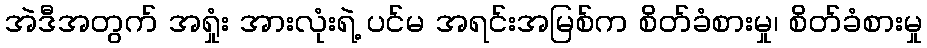
အဲဒီအတွက် အရှုံး အားလုံးရဲ့ ပင်မ အရင်းအမြစ်က စိတ်ခံစားမှု၊ စိတ်ခံစားမှု